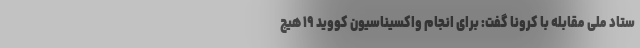
ستاد ملی مقابله با کرونا گفت: برای انجام واکسیناسیون کووید ۱۹ هیچ